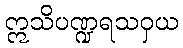
ဣသိပဏ္ဍရသဝှယ